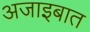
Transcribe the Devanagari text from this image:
अजाइबात